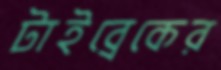
টাইব্রেকের